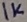
Text: 1K